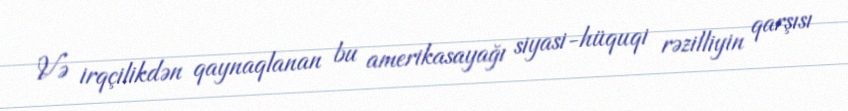
Və irqçilikdən qaynaqlanan bu amerikasayağı siyasi-hüquqi rəzilliyin qarşısı